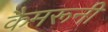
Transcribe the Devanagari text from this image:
कैमरूनी